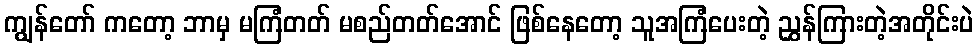
ကျွန်တော် ကတော့ ဘာမှ မကြံတတ် မစည်တတ်အောင် ဖြစ်နေတော့ သူအကြံပေးတဲ့ ညွှန်ကြားတဲ့အတိုင်းပဲ